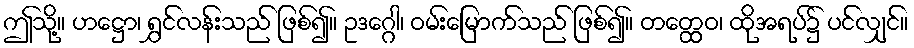
ဤသို့။ ဟဋ္ဌော၊ ရွှင်လန်းသည် ဖြစ်၍။ ဥဒဂ္ဂေါ၊ ဝမ်းမြောက်သည် ဖြစ်၍။ တတ္ထေဝ၊ ထိုအရပ်၌ ပင်လျှင်။